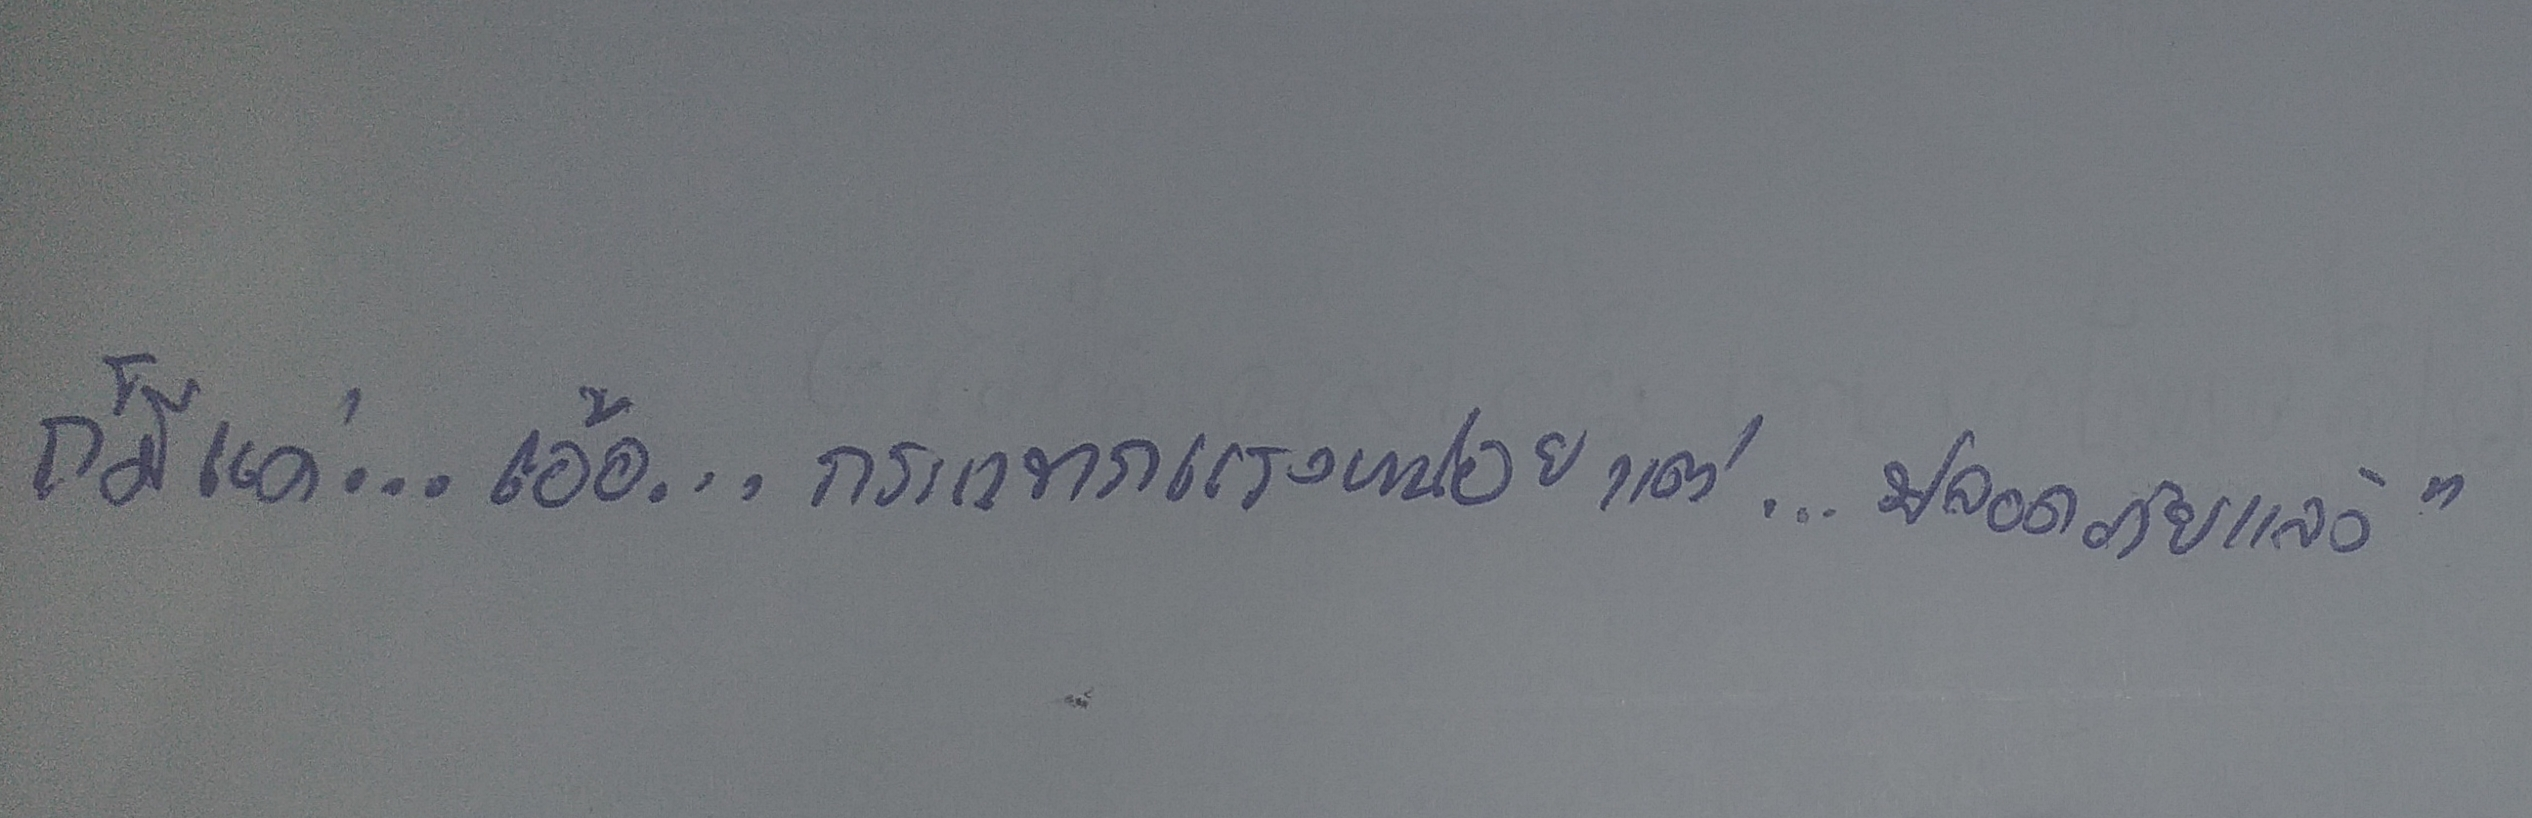
ก็มีแค่...เอ้อ...กระแทกแรงหน่อยแต่...ปลอดภัยแล้ว"